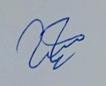
Signature authenticity: genuine